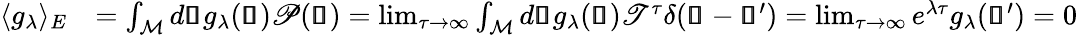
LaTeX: \begin{array}{rl}{\langle g_{\lambda}\rangle_{E}}&{=\int_{\mathcal{M}}d\pmb{\mathscr{s}}g_{\lambda}(\pmb{\mathscr{s}})\mathscr{P}(\pmb{\mathscr{s}})=\operatorname*{lim}_{\tau\rightarrow\infty}\int_{\mathcal{M}}d\pmb{\mathscr{s}}g_{\lambda}(\pmb{\mathscr{s}})\mathscr{T}^{\tau}\delta(\pmb{\mathscr{s}}-\pmb{\mathscr{s}}^{\prime})=\operatorname*{lim}_{\tau\rightarrow\infty}e^{\lambda\tau}g_{\lambda}(\pmb{\mathscr{s}}^{\prime})=0}\end{array}